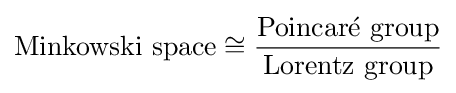
{\text{Minkowski space}}\cong {\frac {\text{Poincaré group}}{\text{Lorentz group}}}